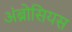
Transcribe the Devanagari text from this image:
अंब्रोसियस